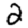
Digit: 2